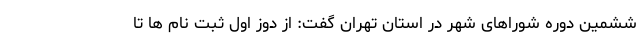
ششمین دوره شوراهای شهر در استان تهران گفت: از دوز اول ثبت نام ها تا